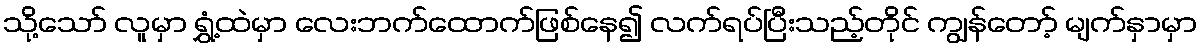
သို့သော် လူမှာ ရွှံ့ထဲမှာ လေးဘက်ထောက်ဖြစ်နေ၍ လက်ရပ်ပြီးသည့်တိုင် ကျွန်တော့် မျက်နှာမှာ